Sanitation, dispensaries and jails vaccination Rajputana 1922-1927 - 1922-1927
Year: 1922
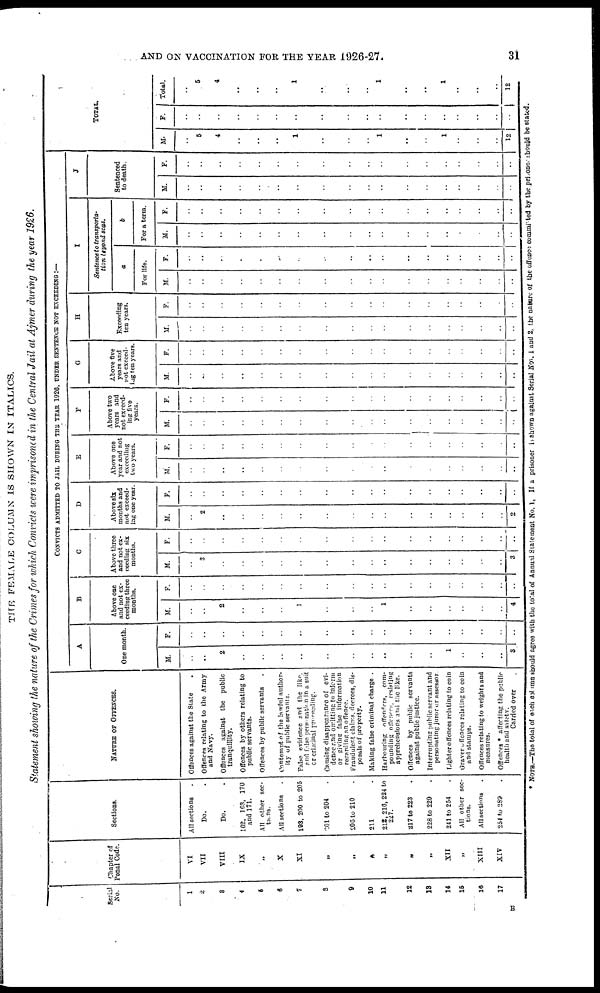
AND ON VACCINATION FOR THE YEAR 1926-27.
31
THE FEMALE COLUMN IS SHOWN IN ITALICS.
Statement showing the nature of the Crimes for which Convicts were imprisoned in the Central Jail at Ajmer during the year 1926.
Serial
No.
1
2
3
4
5
6
7
8
9
10
11
12
13
14
15
16
17
Chapter of
Penal Code.
VI
VII
VIII
IX
„
X
XI
„
„
„
„
„
„
XII
„
XIII
XIV
Sections.
All sections .
Do. .
Do. .
162, 163, 170
and 171.
All other sec-
tions.
All sections .
193, 200 to 205
201 to 204 .
206 to 210 .
211 .
212,216, 224 to
227.
217 to 223 .
228 to 220 .
241 to 254 .
All other sec-
tions.
All sections .
254 to 289 .
NATURE OF OFFENCES.
Offences against the State .
Offences relating to the Army
and Navy.
Offences against the public
tranquillity.
Offences by others relating to
public servants.
Offences by public servants .
Contempt of the lawful author-
ity of public servants.
False evidence and the like,
and false personation in a suit
or criminal preceding.
Causing disappearance of evi-
dence and omitting to inform
or giving false information
retarding an offence.
Fraudulent claims, decrees, dis-
posals of property.
Making false criminal charge .
Harbouring offenders, com-
pounding offcaces, resisting
apprehensions and the like.
Offences by public servants
against public justice.
Interrupting public servant and
personating juror or assessor.
Lighter offences relating to coin
Graver offences relating to coin
and stamps.
Offences relating to weights and
measures.
Offences * affecting the public
health and safety.
Carried over .
CONVICTS ADMITTED TO JAIL DOTING THE YEAR 1926, UNDER SENTENCE NOT EXCEEDING :—
A
One month.
M.
..
..
2
..
..
..
..
..
..
..
..
..
..
1
..
..
..
3
F.
..
..
..
..
..
..
..
..
..
..
..
..
..
..
..
..
..
..
B
Above one
and not ex-
ceeding three
months.
M.
..
..
2
..
..
..
1
..
..
..
1
..
..
..
..
..
..
4
F.
..
..
..
..
..
..
..
..
..
..
..
..
..
..
..
..
..
..
C
Above three
and not ex-
ceeding six
months.
M.
..
3
..
..
..
..
..
..
..
..
..
..
..
..
..
..
..
3
F.
..
..
..
..
..
..
..
..
..
..
..
..
..
..
..
..
..
..
D
Above six
months and
not exceed-
ing one year.
M.
..
2
..
..
..
..
..
..
..
..
..
..
..
..
..
..
..
2
F.
..
..
..
..
..
..
..
..
..
..
..
..
..
..
..
..
..
..
E
Above one
year and not
exceeding
two years.
M.
..
..
..
..
..
..
..
..
..
..
..
..
..
..
..
..
..
..
F.
..
..
..
..
..
..
..
..
..
..
..
..
..
..
..
..
..
..
F
Above two
years and
not exceed-
ing five
years.
M.
..
..
..
..
..
..
..
..
..
..
..
..
...
..
..
..
..
..
F.
..
..
..
..
..
..
..
..
..
..
..
..
..
..
..
..
..
..
G
Above five
years and
not exceed-
ing ten years.
M.
..
..
..
..
..
..
..
..
..
..
..
..
..
..
..
..
..
..
F.
..
..
..
..
..
..
..
..
..
..
..
..
..
..
..
..
..
..
H
Exceeding
ten years.
M.
..
..
..
..
..
..
..
..
..
..
..
..
..
..
..
..
..
..
F.
..
..
..
..
..
..
..
..
..
..
..
..
..
..
..
..
..
..
I
Sentence to transporta-
tion leyond seas.
a
For life.
M.
..
..
..
..
..
..
..
..
..
..
..
..
..
..
..
..
..
..
F.
..
..
..
..
..
..
..
..
..
..
..
..
..
..
..
..
..
..
b
For a term.
M.
..
..
..
..
..
..
..
..
..
..
..
..
..
..
..
..
..
..
F.
..
..
..
..
..
..
..
..
..
..
..
..
..
..
..
..
..
..
J
Sentenced
to death.
M.
..
..
..
..
..
..
..
..
..
..
..
..
..
..
..
..
..
..
F.
..
..
..
..
..
..
..
..
..
..
..
..
..
..
..
..
..
..
TOTAL.
M.
..
5
4
..
..
..
1
..
..
..
1
..
..
1
..
..
..
12
F.
..
..
..
..
..
..
..
..
..
..
..
..
..
..
..
..
..
..
Total.
..
5
4
..
..
..
1
..
..
..
1
..
..
1
..
..
..
12
* NOTE.—The total of each column should agree with the total of Annual Statement No. 1, If a prisoner is shown against Serial Nos. 1 and 2, the nature of the offence committed by the prisoner should be stated.
B